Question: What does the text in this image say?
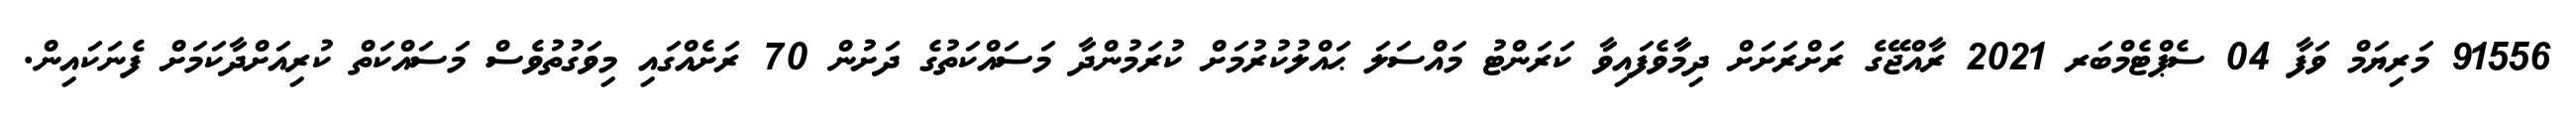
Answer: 91556 މަރިޔަމް ވަފާ 04 ސެޕްޓެމްބަރ 2021 ރާއްޖޭގެ ރަށްރަށަށް ދިމާވެފައިވާ ކަރަންޓު މައްސަލަ ޙައްލުކުރުމަށް ކުރަމުންދާ މަސައްކަތުގެ ދަށުން 70 ރަށެއްގައި މިވަގުތުވެސް މަސައްކަތް ކުރިއަށްދާކަމަށް ފެނަކައިން.